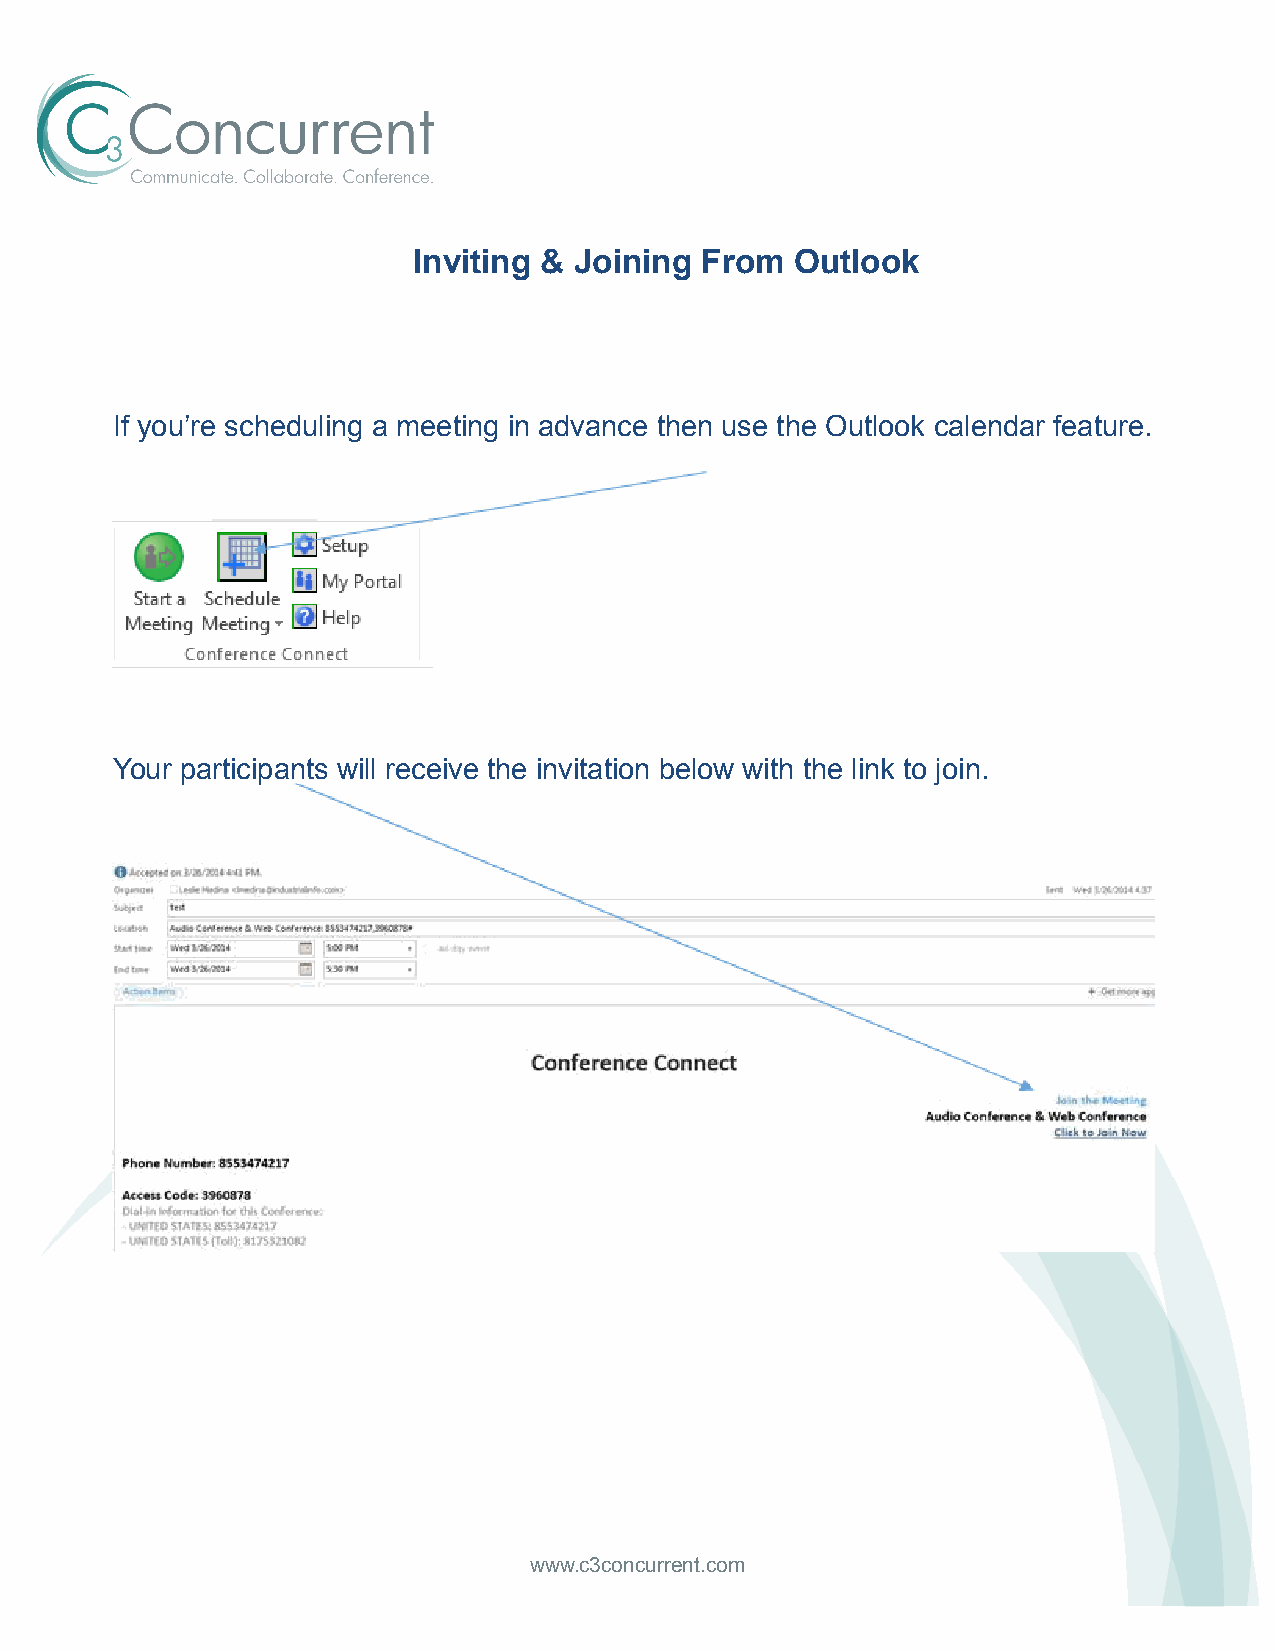
Inviting & Joining From   Outlook
 If you’re scheduling a meeting in advance then use the Outlook calendar feature.
 Your participants will receive the invitation below with the link to join.
 www.c3concurrent.com